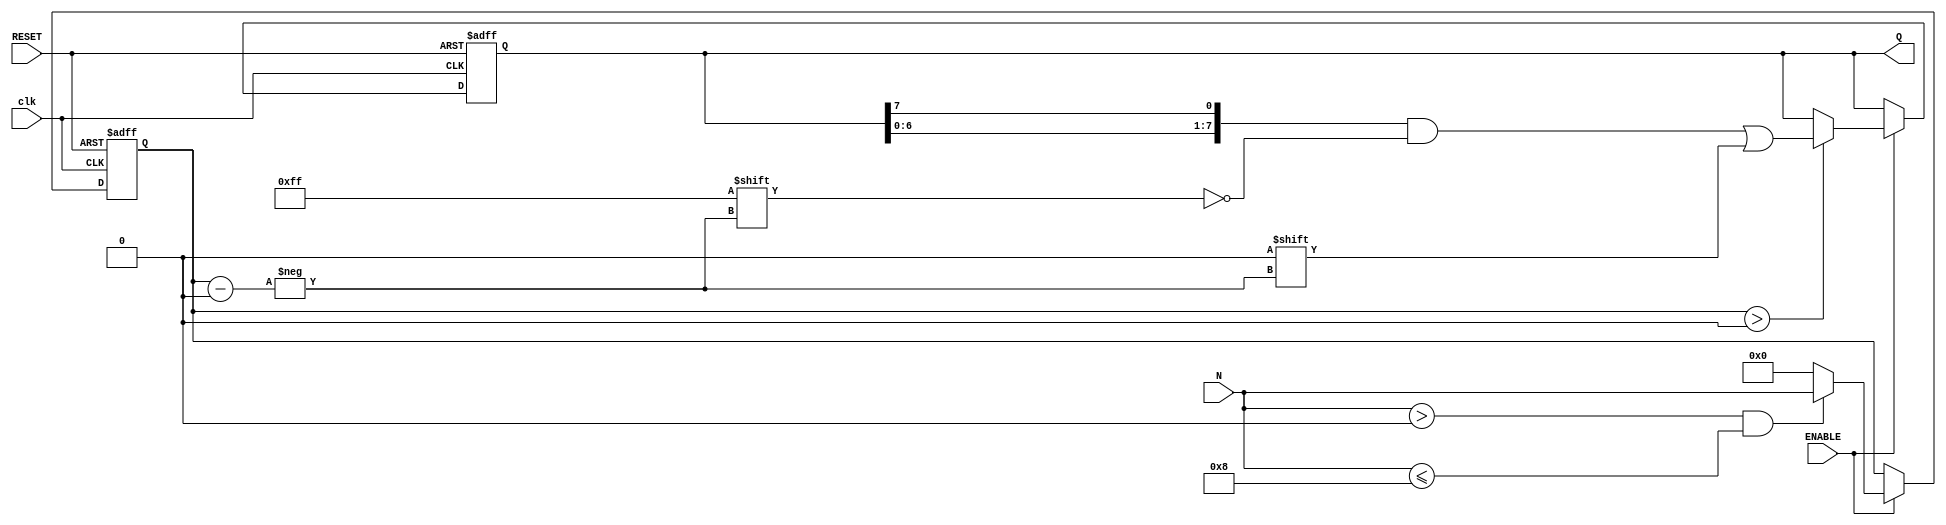
module variable_length_ring_counter #(
    parameter MAX_LENGTH = 8  // Maximum number of flip-flops
)(
    input wire clk,            // Clock signal
    input wire RESET,         // Asynchronous reset signal
    input wire ENABLE,        // Enable signal to start counting
    input wire [3:0] N,       // Input parameter to set the length of the counter (1 to MAX_LENGTH)
    output reg [MAX_LENGTH-1:0] Q  // Output states of the flip-flops
);

    // Internal variable to track the length of the counter
    reg [3:0] active_length;

    always @(posedge clk or posedge RESET) begin
        if (RESET) begin
            // Reset all flip-flops; set the first flip-flop to 1
            Q <= 0;
            Q[0] <= 1;
            active_length <= 0;
        end else if (ENABLE) begin
            // Update the active length based on input N
            if (N > 0 && N <= MAX_LENGTH) begin
                active_length <= N;
            end else begin
                active_length <= 0; // Invalid N, deactivate counter
            end

            // Shift the '1' in the ring counter
            if (active_length > 0) begin
                // Shift the '1' to the next position
                Q <= {Q[MAX_LENGTH-2:0], Q[MAX_LENGTH-1]};
                // Ensure that only the first N flip-flops are active
                Q[MAX_LENGTH-1:active_length] <= 0;
            end
        end
    end

endmodule